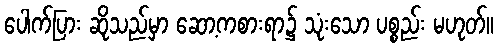
ပေါက်ပြား ဆိုသည်မှာ ဆော့ကစားရာ၌ သုံးသော ပစ္စည်း မဟုတ်။